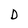
Character: D